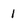
Character: 1